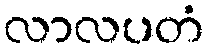
လာလပတံ